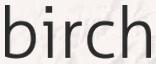
birch